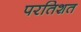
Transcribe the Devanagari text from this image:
परतिशत